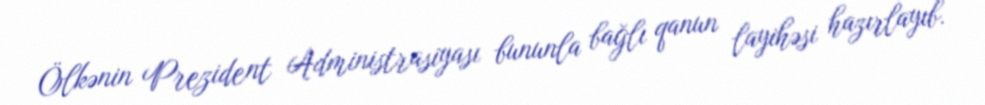
Ölkənin Prezident Administrasiyası bununla bağlı qanun layihəsi hazırlayıb.